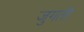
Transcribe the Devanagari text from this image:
जुगती